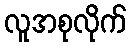
လူအစုလိုက်